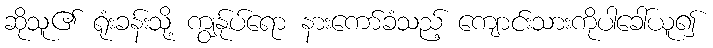
ဆိုသူ၏ ရုံးခန်းသို့ ကျွန်ုပ်ရော နားကော်ခံသည့် ကျောင်းသားကိုပါခေါ်ယူ၍